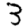
Digit: 3